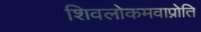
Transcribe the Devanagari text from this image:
शिवलोकमवाप्नोति